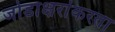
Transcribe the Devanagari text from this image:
जोडाक्षरांकरता